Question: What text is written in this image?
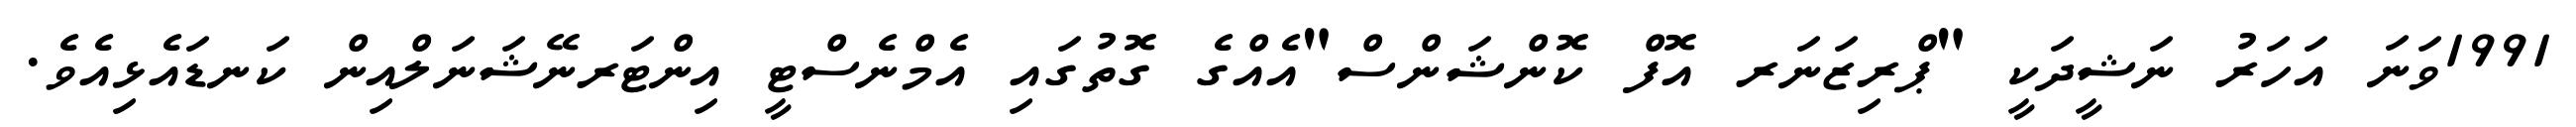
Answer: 1991ވަނަ އަހަރު ނަޝީދަކީ "ޕްރިޒަނަރ އޮފް ކޮންޝަންސް"އެއްގެ ގޮތުގައި އެމްނެސްޓީ އިންޓަރނޭޝަނަލްއިން ކަނޑައެޅިއެވެ.